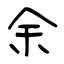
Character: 余